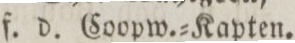
f. d. Coopw.=Kapten.